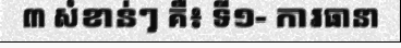
៣ សំខាន់ៗ គឺ៖ ទី១- ការធានា